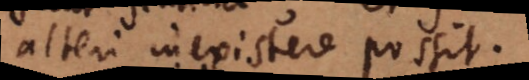
alteri inexistere possit.